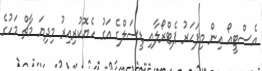
އެސްޓީއޯ އިން މިފަހަރު ޕެޓްރޯލާއި ޑީސަލްގެ އަގު ހެޔޮކުރިއިރު މިދިޔަ މާޗް މަހުގެ